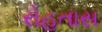
રોહતાસ